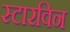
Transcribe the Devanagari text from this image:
स्टारविन